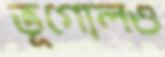
ভূগোলও